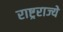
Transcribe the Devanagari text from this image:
राष्ट्रराज्ये